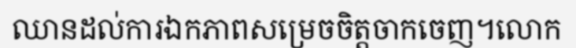
ឈានដល់ការឯកភាពសម្រេចចិត្តចាកចេញ។លោក